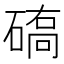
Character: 𱴦